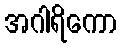
အဂါရိကော